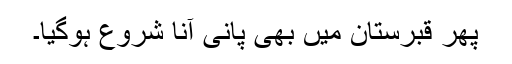
پھر قبرستان میں بھی پانی آنا شروع ہوگیا۔